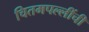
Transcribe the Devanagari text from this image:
चितमपल्लींची